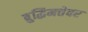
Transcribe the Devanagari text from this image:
बुद्धिमत्तेवर